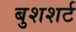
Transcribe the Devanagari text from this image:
बुशशर्ट